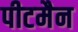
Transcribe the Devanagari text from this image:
पीटमैन